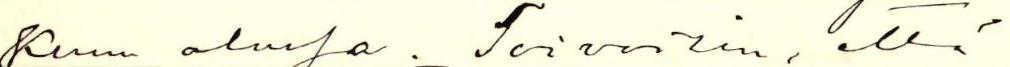
Kuun alussa. Toivoisin, että